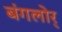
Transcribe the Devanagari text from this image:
बंगलोर्